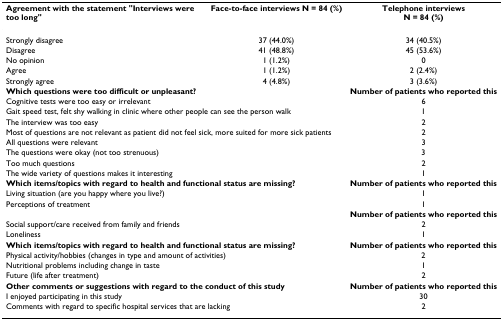
<table><thead><tr><td><b>Agreement with the statement &quot;Interviews were too long&quot;</b></td><td><b>Face-to-face interviews N = 84 (%)</b></td><td><b>Telephone interviewsN = 84 (%)</b></td></tr></thead><tbody><tr><td>Strongly disagree</td><td>37 (44.0%)</td><td>34 (40.5%)</td></tr><tr><td>Disagree</td><td>41 (48.8%)</td><td>45 (53.6%)</td></tr><tr><td>No opinion</td><td>1 (1.2%)</td><td>0</td></tr><tr><td>Agree</td><td>1 (1.2%)</td><td>2 (2.4%)</td></tr><tr><td>Strongly agree</td><td>4 (4.8%)</td><td>3 (3.6%)</td></tr><tr><td colspan="2"><b>Which questions were too difficult or unpleasant?</b></td><td><b>Number of patients who reported this</b></td></tr><tr><td colspan="2">Cognitive tests were too easy or irrelevant</td><td>6</td></tr><tr><td colspan="2">Gait speed test, felt shy walking in clinic where other people can see the person walk</td><td>1</td></tr><tr><td colspan="2">The interview was too easy</td><td>2</td></tr><tr><td colspan="2">Most of questions are not relevant as patient did not feel sick, more suited for more sick patients</td><td>2</td></tr><tr><td colspan="2">All questions were relevant</td><td>3</td></tr><tr><td colspan="2">The questions were okay (not too strenuous)</td><td>3</td></tr><tr><td colspan="2">Too much questions</td><td>2</td></tr><tr><td colspan="2">The wide variety of questions makes it interesting</td><td>1</td></tr><tr><td colspan="2"><b>Which items/topics with regard to health and functional status are missing?</b></td><td><b>Number of patients who reported this</b></td></tr><tr><td colspan="2">Living situation (are you happy where you live?)</td><td>1</td></tr><tr><td colspan="2">Perceptions of treatment</td><td>1</td></tr><tr><td></td><td></td><td><b>Number of patients who reported this</b></td></tr><tr><td colspan="2">Social support/care received from family and friends</td><td>2</td></tr><tr><td colspan="2">Loneliness</td><td>1</td></tr><tr><td colspan="2"><b>Which items/topics with regard to health and functional status are missing?</b></td><td><b>Number of patients who reported this</b></td></tr><tr><td colspan="2">Physical activity/hobbies (changes in type and amount of activities)</td><td>2</td></tr><tr><td colspan="2">Nutritional problems including change in taste</td><td>1</td></tr><tr><td colspan="2">Future (life after treatment)</td><td>2</td></tr><tr><td colspan="2"><b>Other comments or suggestions with regard to the conduct of this study</b></td><td><b>Number of patients who reported this</b></td></tr><tr><td colspan="2">I enjoyed participating in this study</td><td>30</td></tr><tr><td colspan="2">Comments with regard to specific hospital services that are lacking</td><td>2</td></tr></tbody></table>